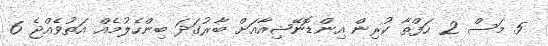
5 މަސް 2 ހަފްތާ ކުރިން އިންޑޮނޭޝިއާއަށް ބާރުގަދަ ބިންހެލުމެއް އަތުވެއްޖެ 6